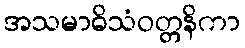
အသမာဓိသံဝတ္တနိကာ